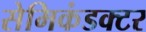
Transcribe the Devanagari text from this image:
सेमिकंडक्टर